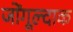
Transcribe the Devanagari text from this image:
जोंगूल्दाक